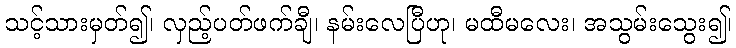
သင့်သားမှတ်၍၊ လှည့်ပတ်ဖက်ချီ၊ နမ်းလေပြီဟု၊ မထီမလေး၊ အသွမ်းသွေး၍၊